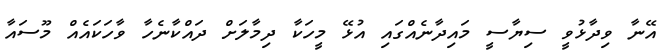
އޭނާ ވިދާޅުވީ ސިޔާސީ މައިދާނެއްގައި އުޅޭ މީހަކާ ދިމާލަށް ދައްކާނެހާ ވާހަކައެއް މޫސައާ